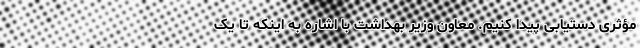
مؤثری دستیابی پیدا کنیم. معاون وزیر بهداشت با اشاره به اینکه تا یک